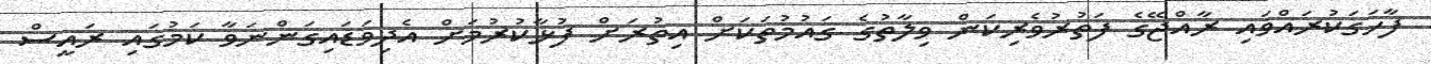
ފާހަގަކުރައްވައި ރާއްޖޭގެ ފަތުރުވެރިކަން ވިލާތުގެ ގައުމުތަކަށް އިތުރަށް ފުޅާކުރުމަށް އެދިވަޑައިގަންނަވާ ކަމުގައި ރައީސް